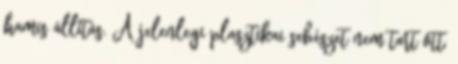
hamis állítás. A jelenlegi plasztikai sebészet nem tart ott,